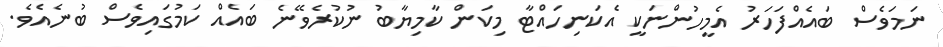
ނަމަވެސް ބައެއްފަހަރު އެމީހުންނަކީ އެކަނިހައްޓާ މިކަން ކާމިޔާބު ނުކުރެވޭނެ ބައެއް ކަމުގައިވެސް ބުނެއެވެ.